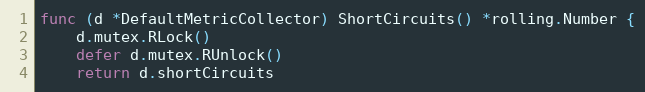
Language: Go
func (d *DefaultMetricCollector) ShortCircuits() *rolling.Number {
	d.mutex.RLock()
	defer d.mutex.RUnlock()
	return d.shortCircuits